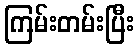
ကြမ်းတမ်းပြီး